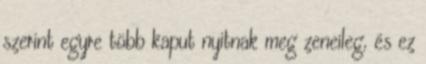
szerint egyre több kaput nyitnak meg zeneileg, és ez